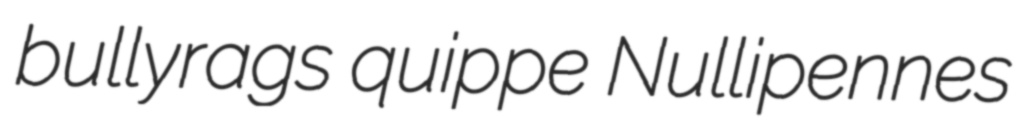
bullyrags quippe Nullipennes